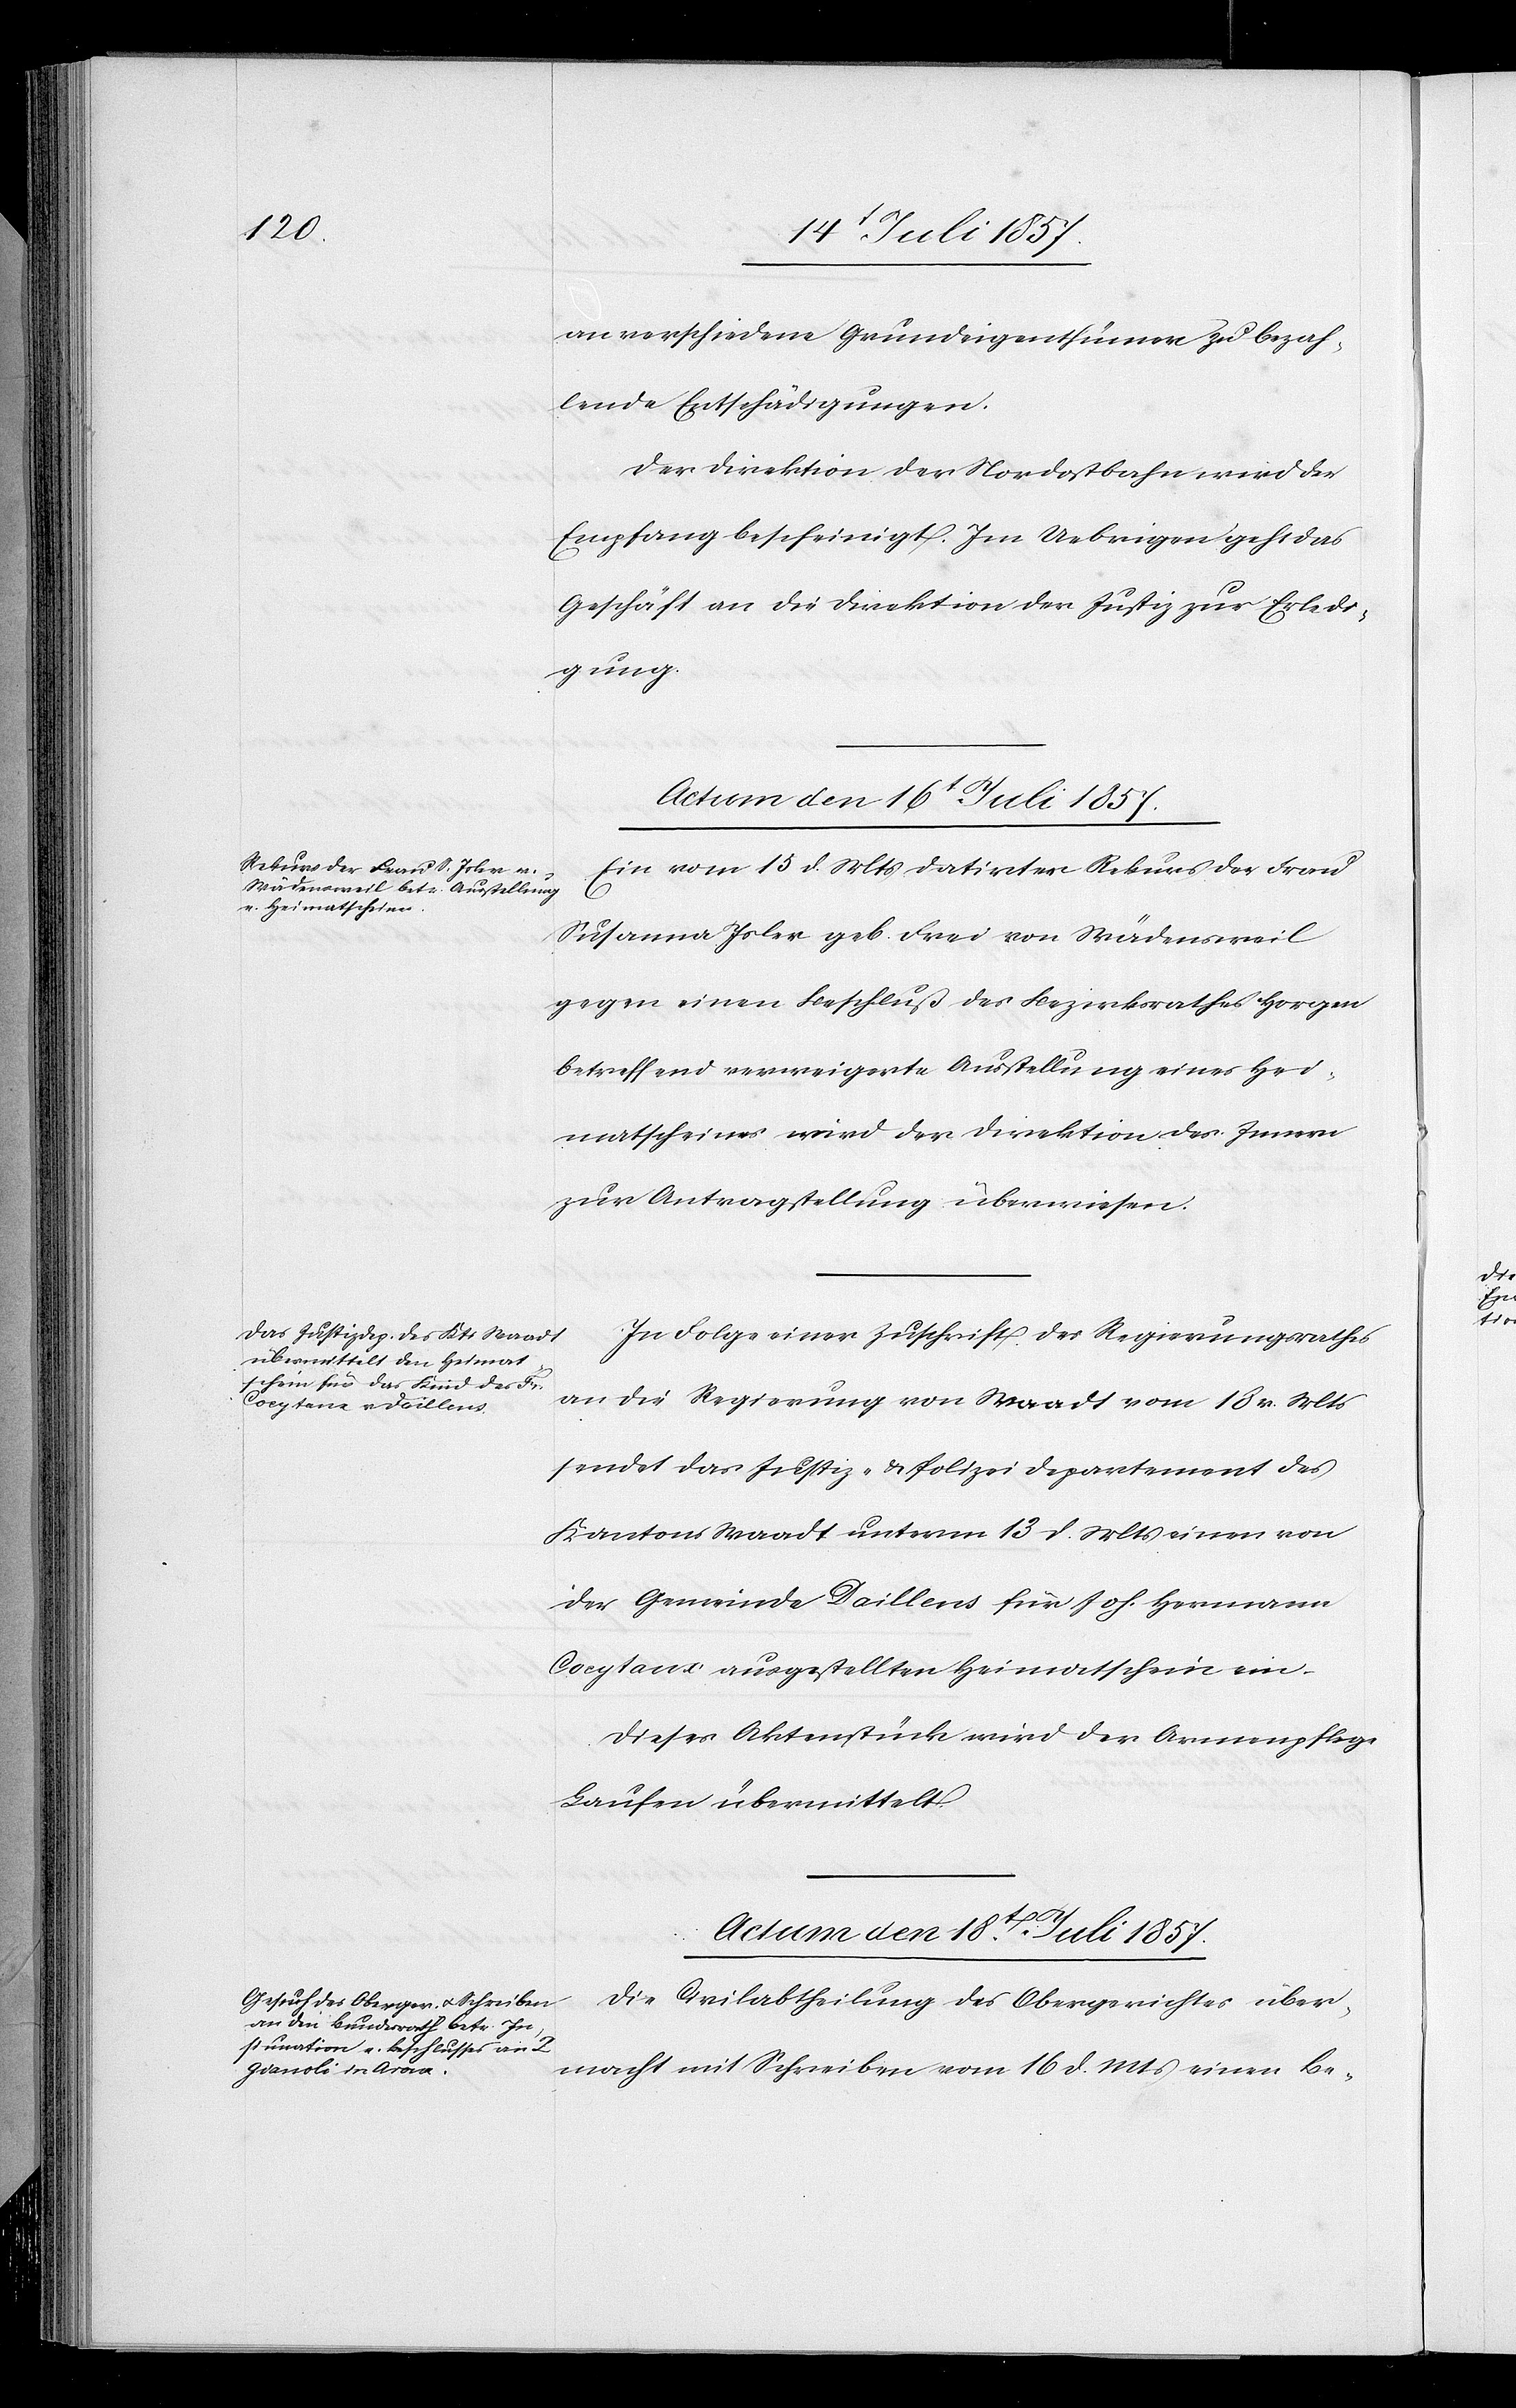
an verschiedene Grundeigenthümer zu bezah¬
lende Entschädigungen.
Der Direktion der Nordostbahn wird der
Empfang bescheinigt. Im Uebrigen geht das
Geschäft an die Direktion der Justiz zur Erledi¬
gung.
Actum den 18t Juli 1857.
Ein vom 15 d. Mts. datirter Rekurs der Frau
Susanna Isler geb. Frei von Wädensweil
gegen einen Beschluß des Bezirksrathes Horgen
betreffend verweigerte Ausstellung eines Hei¬
matscheines wird der Direktion des Innern
zur Antragstellung überwiesen.
In Folge einer Zuschrift des Regierungsrathes
an die Regierung von Waadt vom 18 v. Mts.
sendet das Justiz- & Polizeidepartement des
Kantons Waadt unterm 13 d. Mts. einen von
der Gemeinde Daillens für Joh. Hermann
Cocytaux ausgestellten Heimatschein ein.
Dieses Aktenstück wird der Armenpflege
Laufen übermittelt.
Die Civilabtheilung des Obergerichtes über¬
macht mit Schreiben vom 16 d. Mts. einen Be-